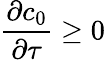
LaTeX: \frac{\partial c_{0}}{\partial\tau}\geq 0